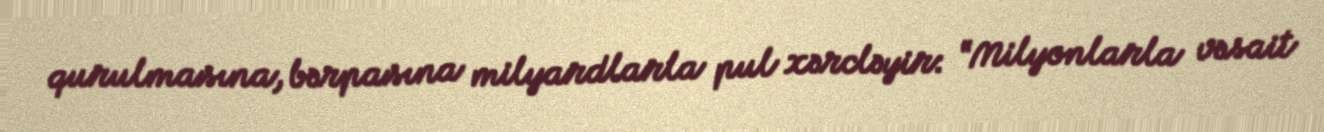
qurulmasına, bərpasına milyardlarla pul xərcləyir: “Milyonlarla vəsait